Report of the King Institute of Preventive Medicine, Guindy
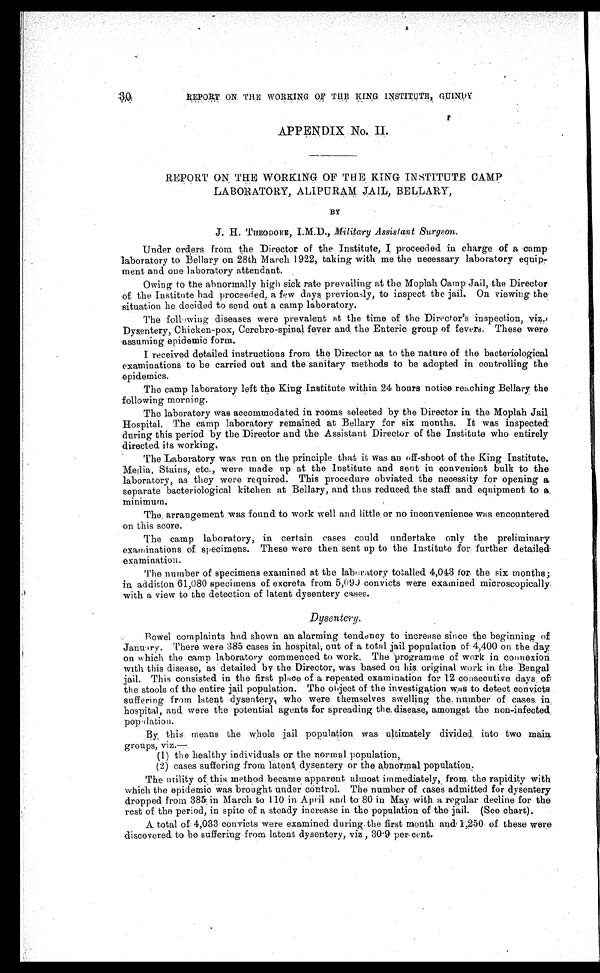
REPORT ON THE WORKI NG OF THE KI NG I NSTI TUTE, GUI NDY
APPENDIX No. II.
REPORT ON THE WORKING OF THE KING INSTITUTE CAMP
LABORATORY, ALIPURAM JAIL, BELLARY,
BY
J. H. THEODORE, I.M.D., Military Assistant Surgeon.
Under orders from the Director of the Institute, I proceeded in charge of a camp
laboratory to Bellary on 28th March 1922, taking with me the necessary laboratory equip-
ment and one laboratory attendant.
Owing to the abnormally high sick rate prevailing at the Moplah Camp Jail, the Director
of the Institute had proceeded, a few days. previously, to inspect the jail. On viewing the
situation he decided to send out a camp laboratory.
The following diseases were prevalent at the time of the Director's inspection, viz.,
Dysentery, Chicken-pox, Cerebro-spinal fever and the Enteric group of fevers. These were
assuming epidemic form.
I received detailed instructions from the Director as to the nature of the bacteriological
examinations to be carried out and the sanitary methods to be adopted in controlling the
epidemics.
The camp laboratory left the King Institute within 24 hours notice reaching Bellary the
following morning.
The laboratory was accommodated in rooms selected by the Director in the Moplah Jail
Hospital. The camp laboratory remained at Bellary for six months. It was inspected
during this period by the Director and the Assistant Director of the Institute who entirely
directed its working.
The Laboratory was run on the principle that it was an off-shoot of the King Institute.
Media, Stains, etc., were made up at the Institute and sent in convenient bulk to the
laboratory, as they were required. This procedure obviated the necessity for opening a
separate bacteriological kitchen at Bellary, and thus reduced the staff and equipment to a
minimum.
The arrangement was found to work well and little or no inconvenience was encountered
on this score.
The camp laboratory, in certain cases could undertake only the preliminary
examinations of specimens. These were then sent up to the Institute for further detailed
examination.
The number of specimens examined at the laboratory totalled 4,043 for the six months;
in addition 61,080 specimens of excreta from 5,090 convicts were examined microscopically.
with a view to the detection of latent dysentery cases.
Dysentery.
Bowel complaints had shown an alarming tendency to increase since the beginning of
January. There were 385 cases in hospital, out of a total jail population of 4,400 on the day
on which the camp laboratory commenced to work. The programme of work in connexion
with this disease, as detailed by the Director, was based on his original work in the Bengal
j ail. This consisted in the first place of a repeated examination for 12 consecutive days of
the stools of the entire jail population. The object of the investigation was to detect convicts
suffering from latent dysentery, who were themselves swelling the number of cases in
hospital, and were the potential agents for spreading the disease, amongst the non-infected
popu lation.
By this means the whole jail population was ultimately divided into two main
groups, viz.—
( 1 ) t h e h e a l t h y i n d i v i d u a l s o r t h e n o r m a l p o p u l a t i o n ,
( 2 ) c a s e s s u f f e r i n g f r o m l a t e n t , d y s e n t e r y o r t h ea
b n o r m a l
p o p u l a t i o n .
The utility of this method became apparent almost immediately, from the rapidity with
which the epidemic was brought under control. The number of cases admitted for dysentery
dropped from 385 in March to 110 in April and to 80 in May with a regular decline for the
rest of the period, in spite of a steady increase in the population of the jail. (See chart).
A total of 4,033 convicts were examined during the first month and 1,250 of these were
discovered to be suffering from latent dysentery, viz, 30.9 per-cent.